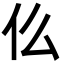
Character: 仫